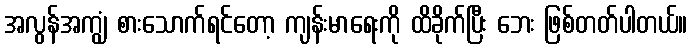
အလွန်အကျွံ စားသောက်ရင်တော့ ကျန်းမာရေးကို ထိခိုက်ပြီး ဘေး ဖြစ်တတ်ပါတယ်။